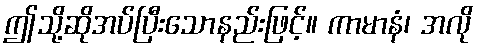
ဤသို့ဆိုအပ်ပြီးသောနည်းဖြင့်။ ကာမာနံ၊ အလို